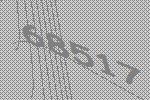
68517